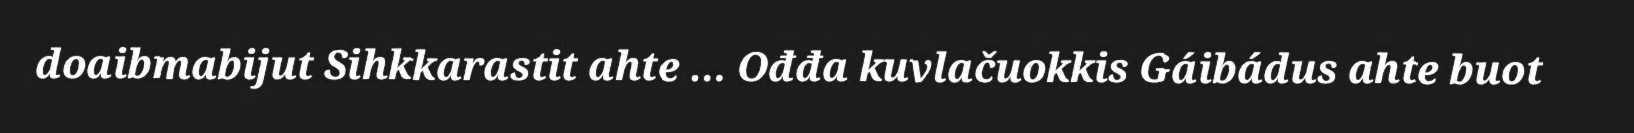
doaibmabijut Sihkkarastit ahte … Ođđa kuvlačuokkis Gáibádus ahte buot